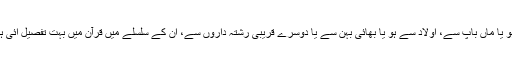
شریعت کے ان احکام کا تعلق خواہ میاں بیوی سے ہو یا ماں باپ سے، اولاد سے ہو یا بھائی بہن سے یا دوسرے قریبی رشتہ داروں سے، ان کے سلسلے میں قرآن میں بہت تفصیل آئی ہے اور رسول اللہ ﷺ نے ان کی وضاحت کردی ہے۔